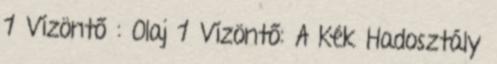
1 Vízöntő : Olaj 1 Vízöntő: A Kék Hadosztály